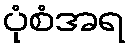
ပုံစံအရ